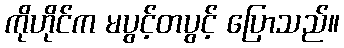
ကိုဟိုင်က မပွင့်တပွင့် ပြောသည်။